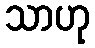
သာဟု